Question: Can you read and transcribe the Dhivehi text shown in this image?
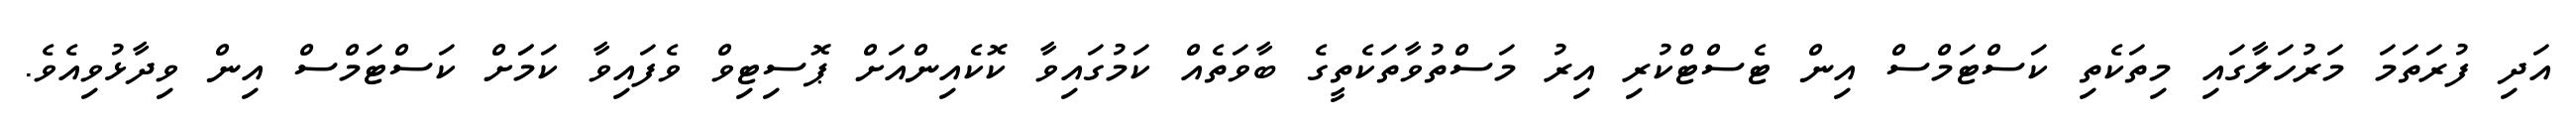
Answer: އަދި ފުރަތަމަ މަރުހަލާގައި މިތަކެތި ކަސްޓަމްސް އިން ޓެސްޓްކުރި އިރު މަސްތުވާތަކެތީގެ ބާވަތެއް ކަމުގައިވާ ކޮކެއިންއަށް ޕޮސިޓިވް ވެފައިވާ ކަމަަށް ކަސްޓަމްސް އިން ވިދާޅުވިއެވެ.